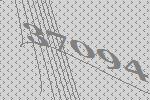
37094